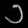
Digit: ၁